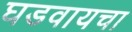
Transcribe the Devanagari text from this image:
घडवायचा